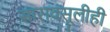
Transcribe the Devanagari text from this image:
सारावसूलीही